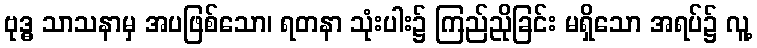
ဗုဒ္ဓ သာသနာမှ အပဖြစ်သော၊ ရတနာ သုံးပါး၌ ကြည်ညိုခြင်း မရှိသော အရပ်၌ လူ့